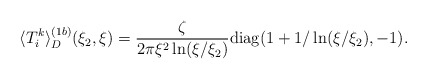
\begin{align*}\langle T_{i}^{k}\rangle ^{(1b)}_D(\xi _2,\xi )= \frac{\zeta }{2\pi \xi ^2\ln (\xi /\xi _2)}{\mathrm{diag}}(1+ 1/\ln(\xi /\xi _2),-1). \end{align*}